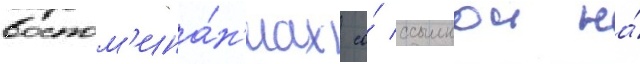
воспом'ина́н'иах со́ ссылкои на́